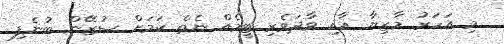
މި އަހަރު މާޒިޔާ އާއި ވާދަވެރި ޓީމެއް ނެތް ކަމަށް ސުޒޭން ބުނެފި